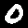
Digit: 0